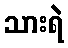
သားရဲ